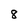
Character: 8